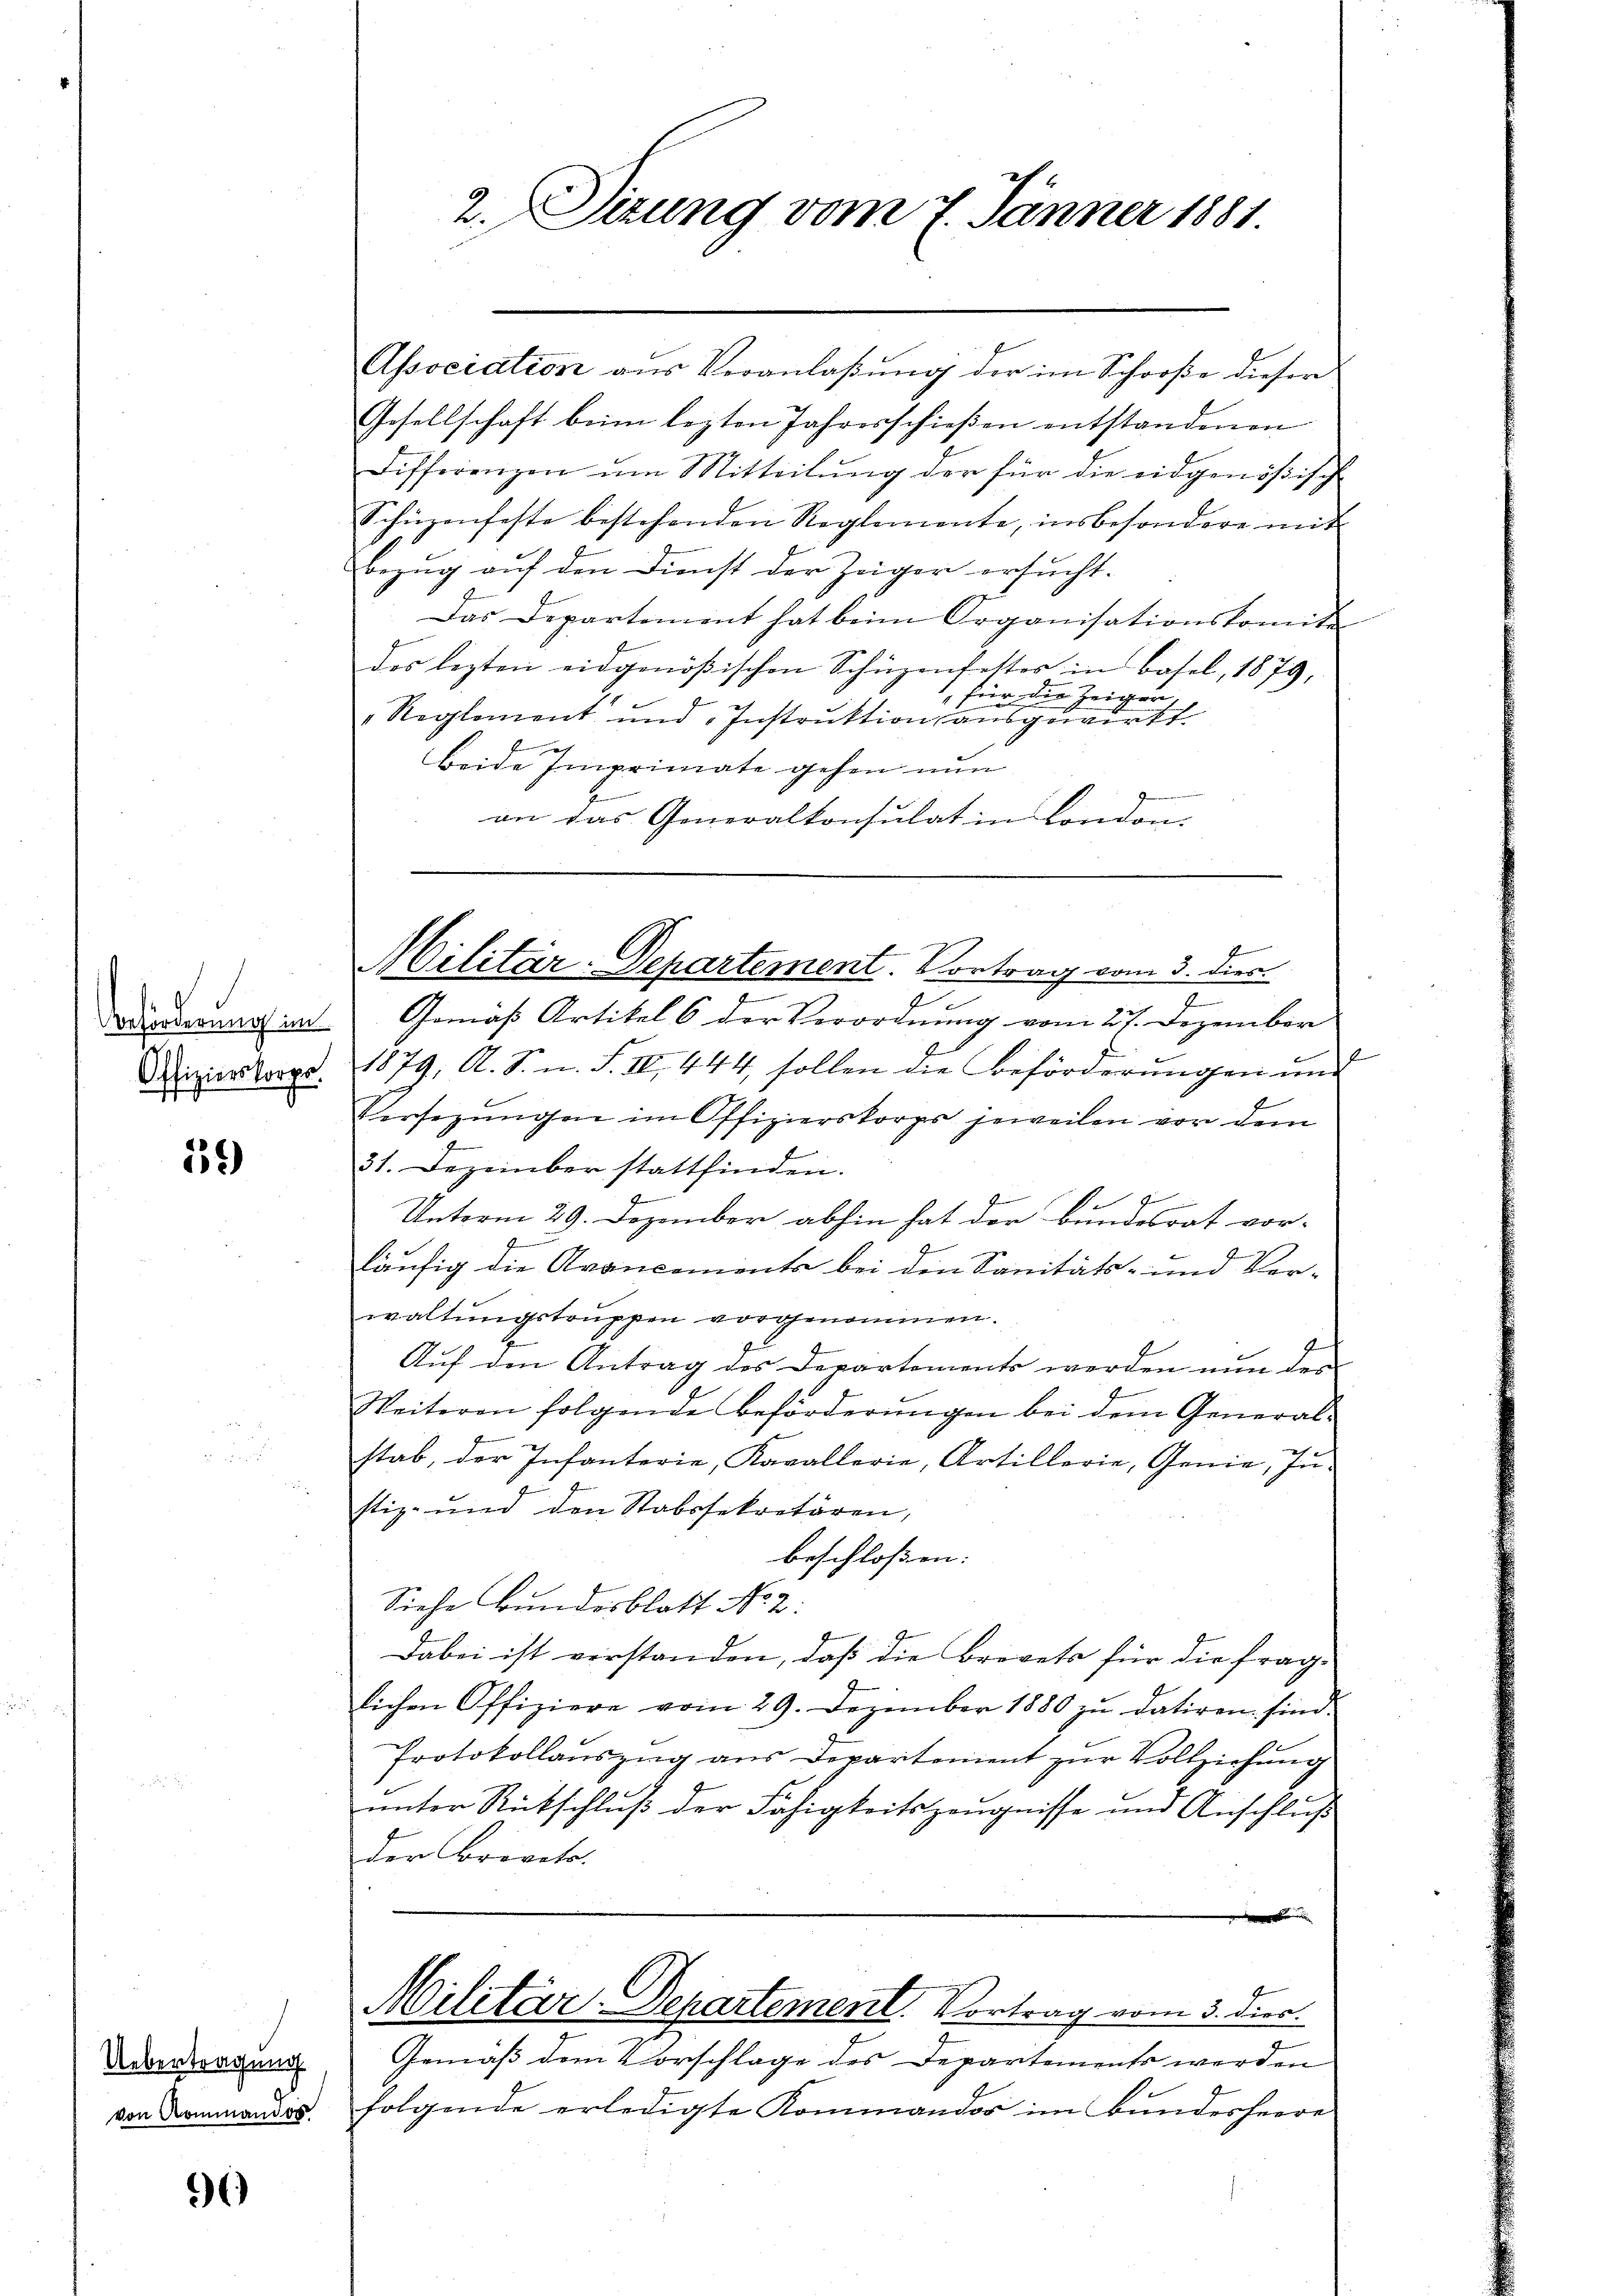
Beförderung im
Offizierskorps.

59)

Uebertragung

)

2. Sizung vom 7. Jänner 1881.

Association aus Veranlaßung der im Schooße dieser
Gesellschaft beim lezten Jahresschießen entstandenen
Differenzen um Mitteilŭng der für die eidgenößisch
Schüzenfeste bestehenden Reglemente, insbesondere mit
Bezug auf den Dienst der Zeiger ersucht.
Das Departement hat beim Organisationskomite
des lezten eidgenößischen Schüzenfestes in Basel, 1879,
" für die Zeiger,
"Reglement und Instruktion ausgewirkt.
ach
beide Imprimate gehen nun

an das Generalkonsulat in London.

Militär-Departement. Vortrag vom 3. dies

7
Gemäß Artikel 6 der Verordnung vom 21. Dezember
1879, A. S. n. F. III 444, sollen die Beförderungen und
Versezungen im Offizierskorps jeweilen vor dem
31. Dezember stattfinden.
z
2
Unterm 29. Dezember abhin hat der Bundesrat vor-
f
läufig die Avancements bei den Sanitäts- und Ver-
waltungstruppen vorgenommen.
Auf den Antrag des Departements werden nun der
Weiteren folgende Beförderŭngen bei dem General-
stab, der Infanterie, Kavallerie, Artillerie, Genie, Instiz- und den Stabssekretären,
beschloßen:
Siehe Bundesblatt No. 2.
Dabei ist vorstanden, daß die Brevets für die frage
lichen Offiziere vom 29. Dezember 1880 zu datiren sind.
Protokollauszug aus Departement zur Vollziehung
unter Rückschluß der Fähigkeitszeugnisse und Anschluß
der Breveto

Militär-Departement. Vortrag vom 3. Dier.
Gemäß dem Vorschlage des Departements werden
von Dommandos folgende erledigte Kommandor im Bundesheere